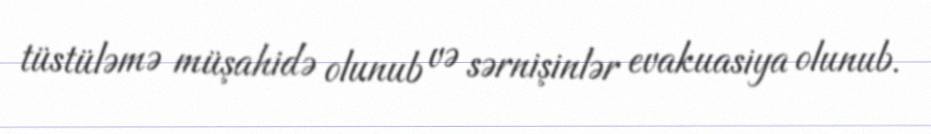
tüstüləmə müşahidə olunub və sərnişinlər evakuasiya olunub.